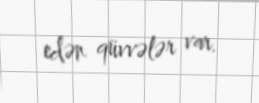
edən qüvvələr var.